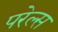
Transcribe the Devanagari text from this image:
परेल्स